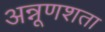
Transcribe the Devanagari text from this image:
अन्नूणशता